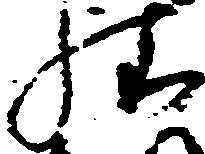
様